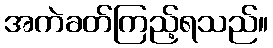
အကဲခတ်ကြည့်ရသည်။